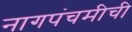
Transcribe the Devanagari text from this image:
नागपंचमीची